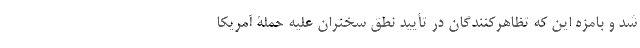
شد و با‌مزه این که تظاهر‌کنندگان در تأیید نطق سخنران علیه حملۀ آمریکا